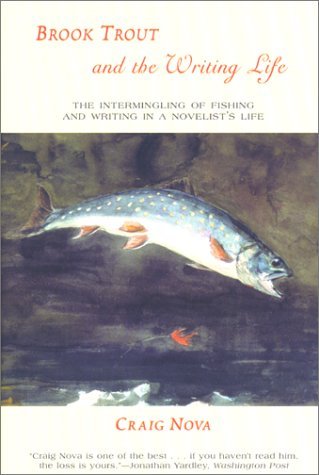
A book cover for Brook Trout and the Writing Life; Craig Nova; Humor & Entertainment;